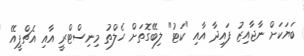
ބަޔަކަށް ނާޖާއިޒު ފައިދާ އާއި "ކަޓު" ލިބޭގޮތަށް ހެލްތު މިނިސްޓްރީ އާއި އެޗްޕީއޭ